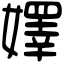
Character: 嬕